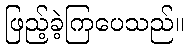
ဖြည့်ခဲ့ကြပေသည်။